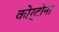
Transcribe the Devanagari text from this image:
कोर्टोना